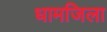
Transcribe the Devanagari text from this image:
धामजिला